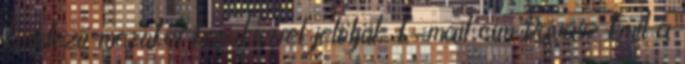
kötelező mezőket karakterrel jelöljük. E-mail cím Ravasz Emil a